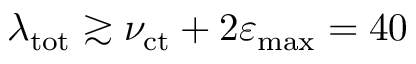
\lambda _ { \mathrm { t o t } } \gtrsim \nu _ { \mathrm { c t } } + 2 \varepsilon _ { \mathrm { m a x } } = 4 0